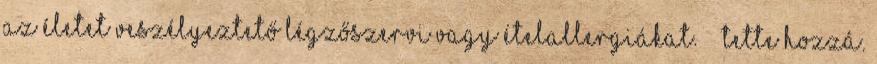
az életet veszélyeztető légzőszervi vagy ételallergiákat.” – tette hozzá.